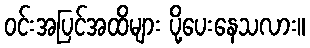
ဝင်းအပြင်အထိများ ပို့ပေးနေသလား။